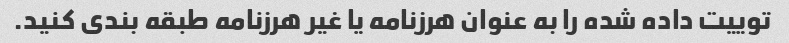
توییت داده شده را به عنوان هرزنامه یا غیر هرزنامه طبقه بندی کنید.